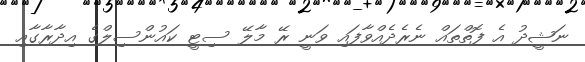
ނަޝީދު އެ ފޮތްތައް ނެރެދެއްވާފައި ވަނީ ރޭ މާލޭ ސިޓީ ކައުންސިލްގެ އިދާރާގާއި